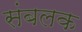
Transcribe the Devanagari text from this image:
संबलक